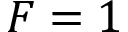
F = 1